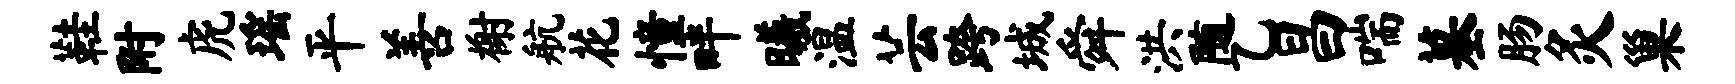
鞋附虎瑶平善榭航花憧畔曦温芸跨城舜洪随乙昌喘墓肠灸巢